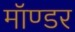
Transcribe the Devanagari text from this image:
मॉण्डर